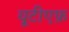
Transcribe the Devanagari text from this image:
यूटीएफ़